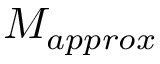
M _ { a p p r o x }